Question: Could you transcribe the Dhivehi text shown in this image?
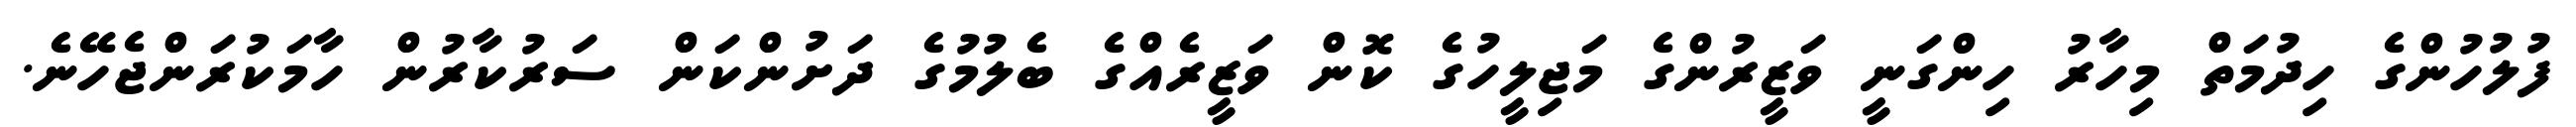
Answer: ފުލުހުންގެ ހިދުމަތް މިހާރު ހިންގަނީ ވަޒީރުންގެ މަޖިލީހުގެ ކޮން ވަޒީރެއްގެ ބެލުމުގެ ދަށުންކަން ސަރުކާރުން ހާމަކުރަންޖެހޭނެ.